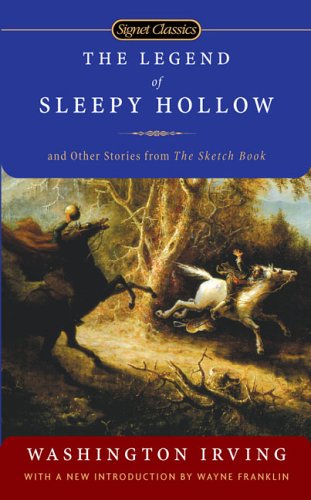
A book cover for The Legend of Sleepy Hollow and Other Stories From the Sketch Book (Signet Classics); Washington Irving; Teen & Young Adult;